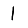
Digit: 1